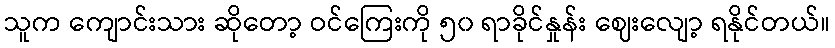
သူက ကျောင်းသား ဆိုတော့ ဝင်ကြေးကို ၅၀ ရာခိုင်နှုန်း ဈေးလျော့ ရနိုင်တယ်။